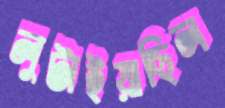
লুটাইয়াছিল